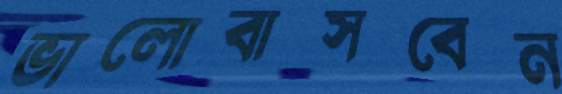
ভালোবাসবেন